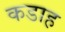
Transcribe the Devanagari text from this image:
कडाह